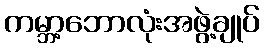
ကမ္ဘာ့ဘောလုံးအဖွဲ့ချုပ်